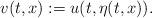
LaTeX: \begin{align*}v(t, x):= u(t, \eta(t, x)).\end{align*}